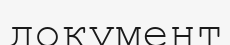
документ